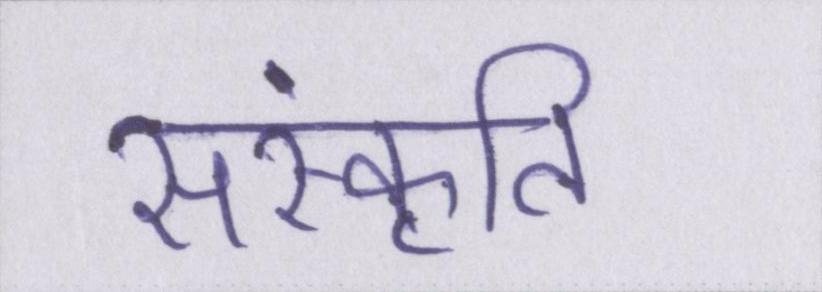
संस्कृति